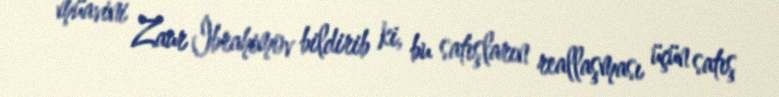
müavini Zaur İbrahimov bildirib ki, bu satışların reallaşması üçün satış